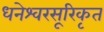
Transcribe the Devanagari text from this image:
धनेश्वरसूरिकृत